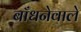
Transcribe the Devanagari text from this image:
बाँधनेवाले